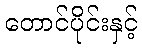
တောင်ပိုင်းနှင့်